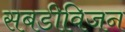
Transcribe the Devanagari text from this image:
सबडीविजन